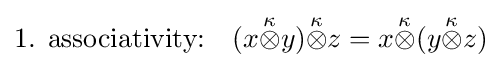
{\text{1. associativity:}}\quad (x{\stackrel {\kappa }{\otimes }}y){\stackrel {\kappa }{\otimes }}z=x{\stackrel {\kappa }{\otimes }}(y{\stackrel {\kappa }{\otimes }}z)